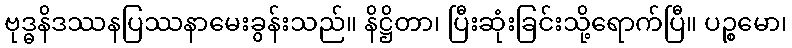
ဗုဒ္ဓနိဒဿနပြဿနာမေးခွန်းသည်။ နိဋ္ဌိတာ၊ ပြီးဆုံးခြင်းသို့ရောက်ပြီ။ ပဉ္စမော၊